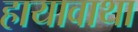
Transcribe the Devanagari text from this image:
हायावाथा